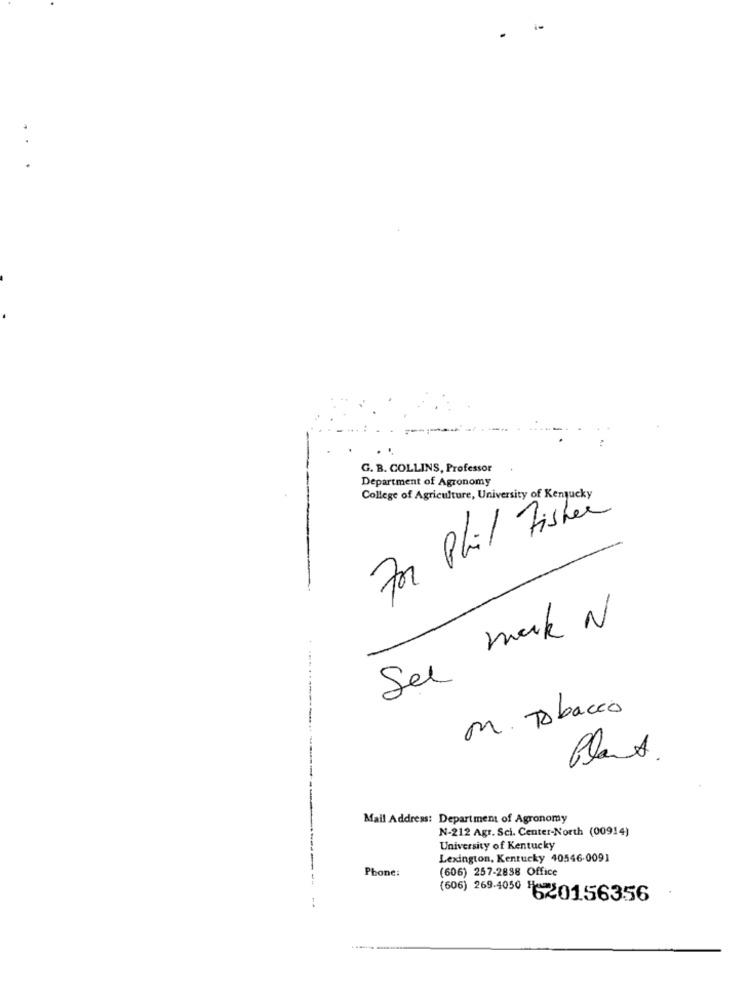
-
1-
..
G. B. COLLINS, Professor
Department of Agronomy
College of Agriculture, University of Kentucky
For Phil Fisher
See mak N
.......
M. Tobacco
Plant.
Mail Address: Department of Agronomy
N-212 Agr. Sci. Center-North (00914)
University of Kentucky
Lexington, Kentucky 40546-0091
Phone:
(606) 257-2838 Office
(606) 269-4050 620156356
-